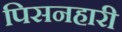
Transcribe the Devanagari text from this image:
पिसनहारी